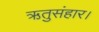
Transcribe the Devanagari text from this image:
ऋतुसंहार।